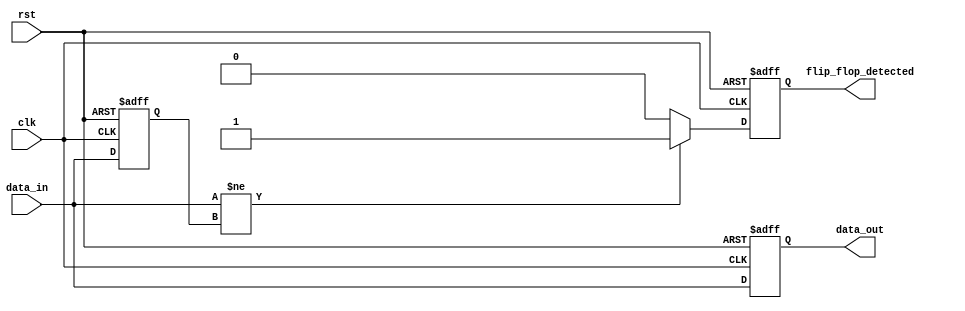
module MemoryBlock(
    input wire clk,                 // Clock signal
    input wire rst,                 // Reset signal
    input wire [3:0] data_in,       // Data input (4-bit for example)
    output reg flip_flop_detected,  // Flip-flop detected flag
    output reg [3:0] data_out       // Output data
);
    reg [3:0] previous_data;        // Store previous data input

    always @(posedge clk or posedge rst) begin
        if (rst) begin
            data_out <= 4'b0000;
            previous_data <= 4'b0000;
            flip_flop_detected <= 1'b0;
        end else begin
            data_out <= data_in; // Sample data input

            // Simple flip-flop detection logic
            if (data_in != previous_data) begin
                flip_flop_detected <= 1'b1; // Detect transition
            end else begin
                flip_flop_detected <= 1'b0;
            end

            previous_data <= data_in; // Update previous data
        end
    end
endmodule